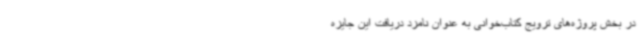
در بخش پروژه‌های ترویج کتاب‌خوانی به عنوان نامزد دریافت این جایزه